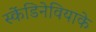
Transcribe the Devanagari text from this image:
स्केंडिनेवियाके